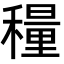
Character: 𬓾